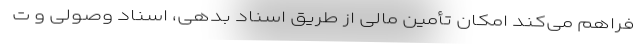
فراهم می‌کند امکان تأمین مالی از طریق اسناد بدهی، اسناد وصولی و ت